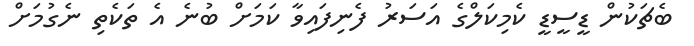
ބެޗަކުން ޑީސީޑީ ކެމިކަލްގެ އަސަރު ފެނިފައިވާ ކަމަށް ބުނެ އެ ތަކެތި ނެގުމަށް